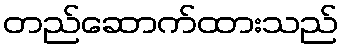
တည်ဆောက်ထားသည်